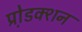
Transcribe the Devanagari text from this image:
प्रो़डक्शन